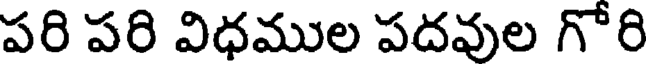
పరి పరి విధముల పదవుల గోరి